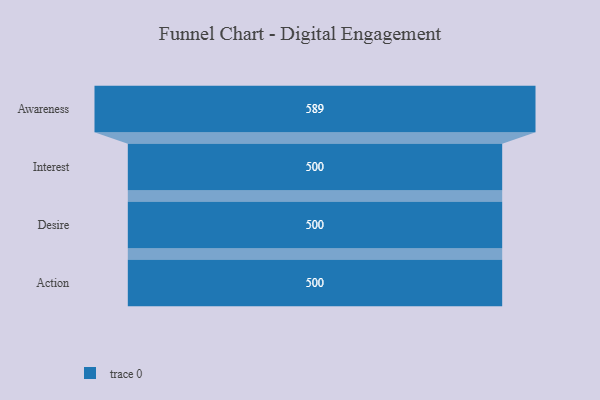
{"axis": {"x": "Stage", "y": "Value"}, "legend": [""], "data": [{"x": "Awareness", "y": 589.0, "type": ""}, {"x": "Interest", "y": 500, "type": ""}, {"x": "Desire", "y": 500, "type": ""}, {"x": "Action", "y": 500, "type": ""}]}